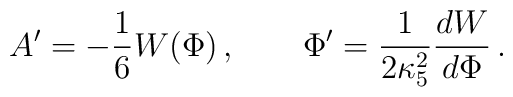
A' = -{1\over6} W(\Phi) \,, \qquad\Phi' = {1\over 2\kappa_5^2} {dW\over d\Phi} \,.